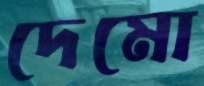
দেমো